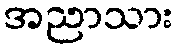
အညာသား